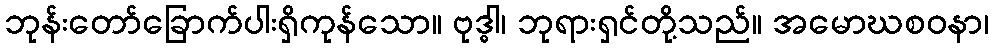
ဘုန်းတော်ခြောက်ပါးရှိကုန်သော။ ဗုဒ္ဓါ၊ ဘုရားရှင်တို့သည်။ အမောဃစဝနာ၊